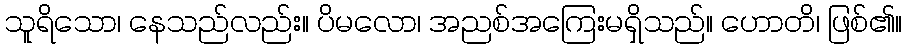
သူရိသော၊ နေသည်လည်း။ ပိမလော၊ အညစ်အကြေးမရှိသည်။ ဟောတိ၊ ဖြစ်၏။